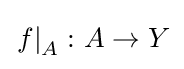
\left.f\right|_{A}\colon A\to Y